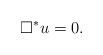
LaTeX: \begin{align*}\Box^{\ast} u=0.\end{align*}